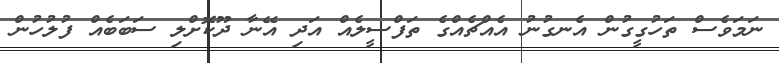
ނަމަވެސް ތަހުގީގުން އެނގުނު އެއްޗެއްގެ ތަފްސީލެއް އަދި އޭނާ ދޫކޮށްލި ސަބަބެއް ފުލުހުން